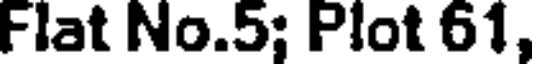
Flat No.5; Plot 61,